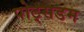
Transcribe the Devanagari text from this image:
पोट्सडम